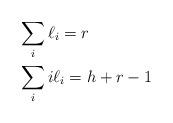
LaTeX: \begin{align*}& \sum_i \ell_i = r && \\& \sum_i i \ell_i = h+r-1 && \end{align*}